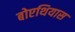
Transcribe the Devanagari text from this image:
बोएथियास